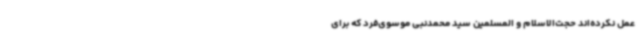
عمل نکرده‌اند حجت‌الاسلام و المسلمین سید محمدنبی موسوی‌فرد که برای